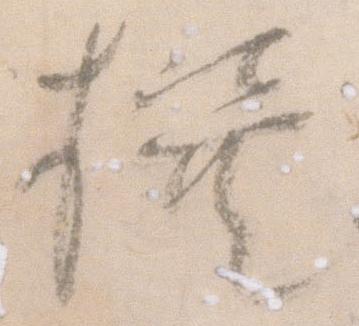
撰